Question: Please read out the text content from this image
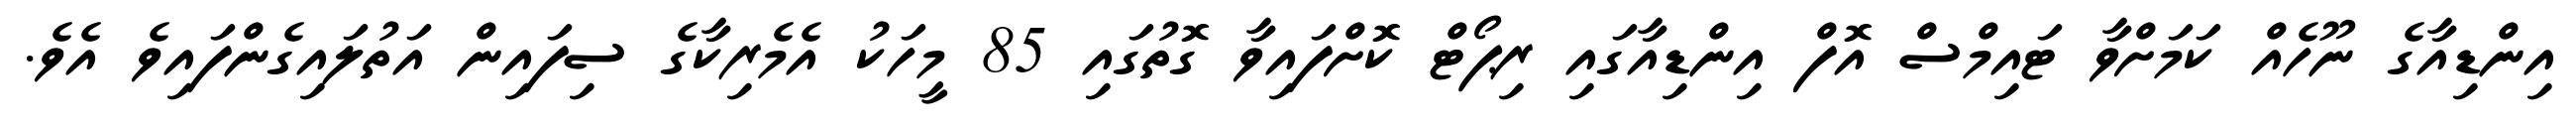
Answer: އިންޑިއާގެ ނޫހެއް ކަމަށްވާ ޓައިމްސް އޮފް އިންޑިއާގައި ރިޕޯޓް ކޮށްފައިވާ ގޮތުގައި 85 މީހަކު އެމެރިކާގެ ސިފައިން އަތުލައިގެންފައިވެ އެވެ.